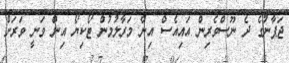
ޖަޕާނުގެ ދެ ނޫސްވެރިން އައިއެސް އިން މަރާލުމުން ޓޯކިޔޯ އިން ވަނީ ވަރަށް